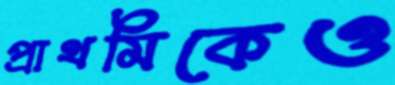
প্রাথমিকেও